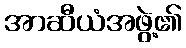
အာဆီယံအဖွဲ့၏